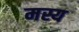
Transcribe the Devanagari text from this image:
मस्य